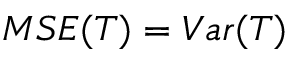
M S E ( T ) = V a r ( T )